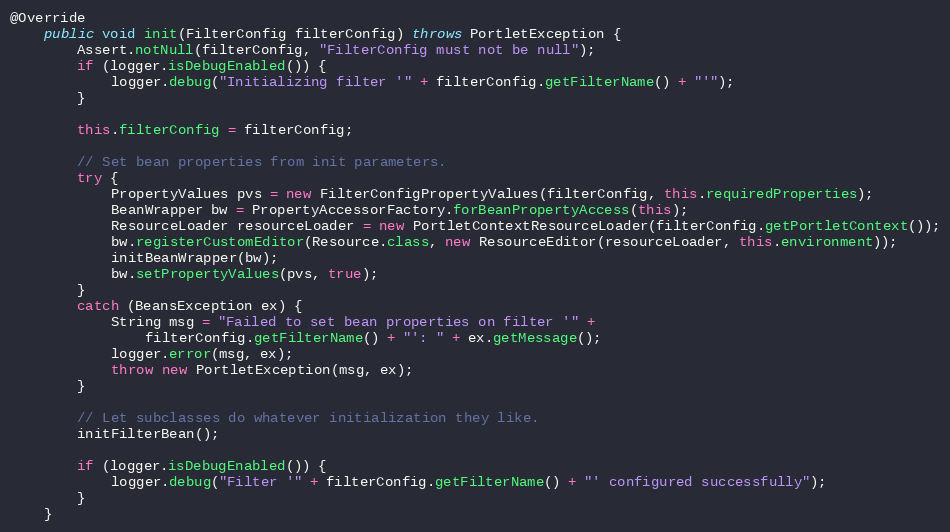
Language: Java
@Override
    public void init(FilterConfig filterConfig) throws PortletException {
        Assert.notNull(filterConfig, "FilterConfig must not be null");
        if (logger.isDebugEnabled()) {
            logger.debug("Initializing filter '" + filterConfig.getFilterName() + "'");
        }

        this.filterConfig = filterConfig;

        // Set bean properties from init parameters.
        try {
            PropertyValues pvs = new FilterConfigPropertyValues(filterConfig, this.requiredProperties);
            BeanWrapper bw = PropertyAccessorFactory.forBeanPropertyAccess(this);
            ResourceLoader resourceLoader = new PortletContextResourceLoader(filterConfig.getPortletContext());
            bw.registerCustomEditor(Resource.class, new ResourceEditor(resourceLoader, this.environment));
            initBeanWrapper(bw);
            bw.setPropertyValues(pvs, true);
        }
        catch (BeansException ex) {
            String msg = "Failed to set bean properties on filter '" +
                filterConfig.getFilterName() + "': " + ex.getMessage();
            logger.error(msg, ex);
            throw new PortletException(msg, ex);
        }

        // Let subclasses do whatever initialization they like.
        initFilterBean();

        if (logger.isDebugEnabled()) {
            logger.debug("Filter '" + filterConfig.getFilterName() + "' configured successfully");
        }
    }